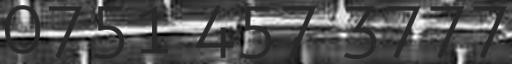
0751 457 3777